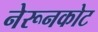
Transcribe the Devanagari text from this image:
नेरूनकोट